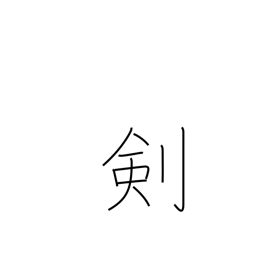
Meaning: clock hand